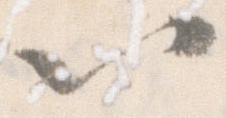
以